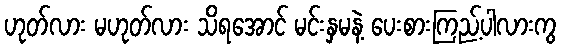
ဟုတ်လား မဟုတ်လား သိရအောင် မင်းနှမနဲ့ ပေးစားကြည့်ပါလားကွ